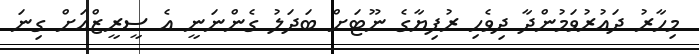
މިހާރު ދައުރުވަމުންދާ ދިވެހި ރުފިޔާގެ ނޫޓަށް ބަދަލު ގެންނަނީ އެ ސީރީޒްއަށް ގިނަ